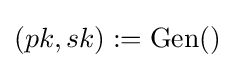
(pk,sk):=\operatorname {Gen} ()